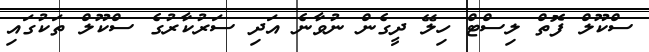
ސްކޫލް ފޮތް ލިސްޓް ހިލޭ ދީގެން ނުވާނެ އަދި ސަރުކާރުގެ ސްކޫލް ތަކުގައި